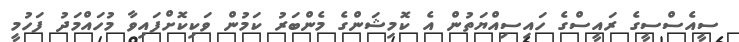
ސީއެސްސީގެ ރައީސްގެ ހައިސިއްޔަތުން އެ ކޮމިޝަންގެ މެންބަރު ކަމުން ވަކިކޮށްފައިވާ މުހައްމަދު ފަހުމީ